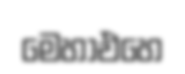
මෙහාඑහෙ